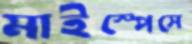
মাইস্পেসে